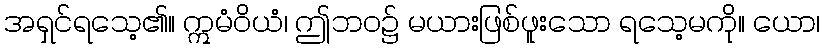
အရှင်ရသေ့၏။ ဣမံဝိယံ၊ ဤဘဝ၌ မယားဖြစ်ဖူးသော ရသေ့မကို။ ယော၊